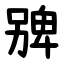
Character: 㗗